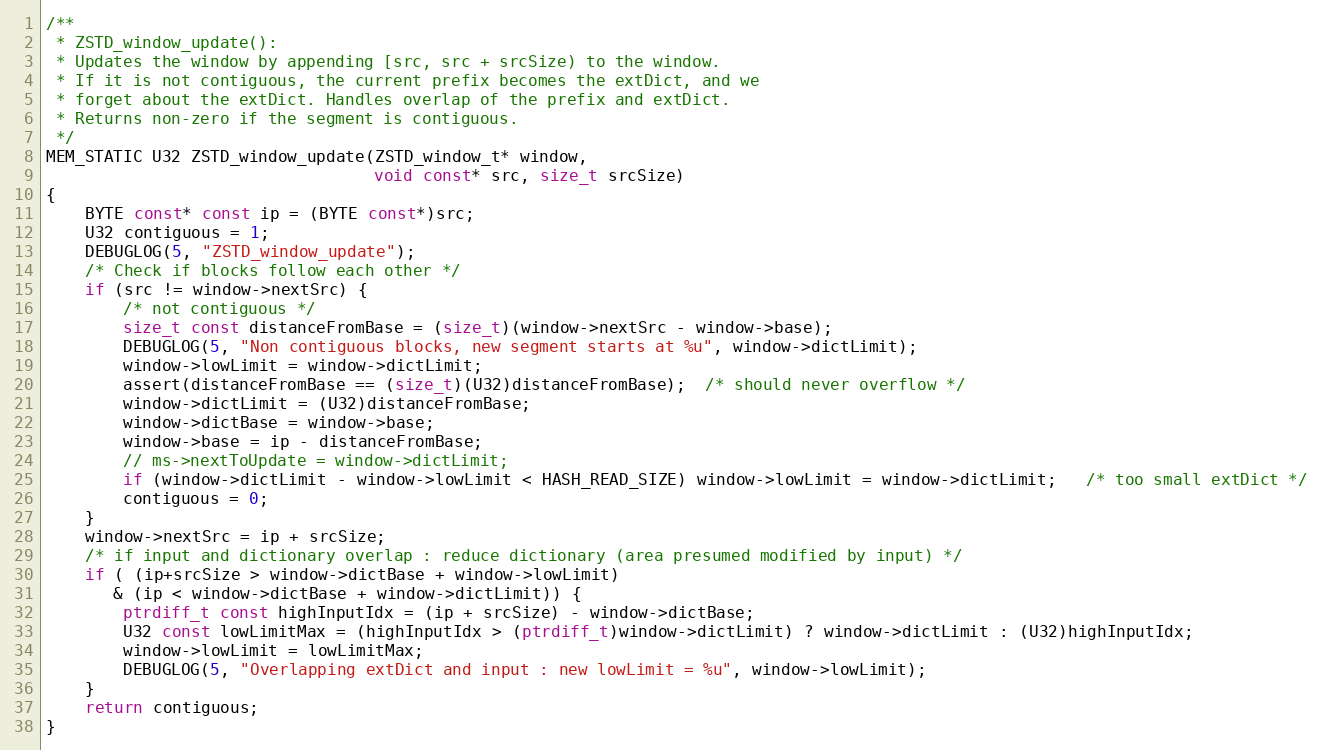
Language: C
/**
 * ZSTD_window_update():
 * Updates the window by appending [src, src + srcSize) to the window.
 * If it is not contiguous, the current prefix becomes the extDict, and we
 * forget about the extDict. Handles overlap of the prefix and extDict.
 * Returns non-zero if the segment is contiguous.
 */
MEM_STATIC U32 ZSTD_window_update(ZSTD_window_t* window,
                                  void const* src, size_t srcSize)
{
    BYTE const* const ip = (BYTE const*)src;
    U32 contiguous = 1;
    DEBUGLOG(5, "ZSTD_window_update");
    /* Check if blocks follow each other */
    if (src != window->nextSrc) {
        /* not contiguous */
        size_t const distanceFromBase = (size_t)(window->nextSrc - window->base);
        DEBUGLOG(5, "Non contiguous blocks, new segment starts at %u", window->dictLimit);
        window->lowLimit = window->dictLimit;
        assert(distanceFromBase == (size_t)(U32)distanceFromBase);  /* should never overflow */
        window->dictLimit = (U32)distanceFromBase;
        window->dictBase = window->base;
        window->base = ip - distanceFromBase;
        // ms->nextToUpdate = window->dictLimit;
        if (window->dictLimit - window->lowLimit < HASH_READ_SIZE) window->lowLimit = window->dictLimit;   /* too small extDict */
        contiguous = 0;
    }
    window->nextSrc = ip + srcSize;
    /* if input and dictionary overlap : reduce dictionary (area presumed modified by input) */
    if ( (ip+srcSize > window->dictBase + window->lowLimit)
       & (ip < window->dictBase + window->dictLimit)) {
        ptrdiff_t const highInputIdx = (ip + srcSize) - window->dictBase;
        U32 const lowLimitMax = (highInputIdx > (ptrdiff_t)window->dictLimit) ? window->dictLimit : (U32)highInputIdx;
        window->lowLimit = lowLimitMax;
        DEBUGLOG(5, "Overlapping extDict and input : new lowLimit = %u", window->lowLimit);
    }
    return contiguous;
}